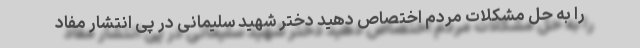
را به حل مشکلات مردم اختصاص دهید دختر شهید سلیمانی در پی انتشار مفاد